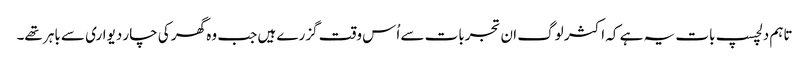
تاہم دلچسپ بات یہ ہے کہ اکثر لوگ ان تجربات سے اُس وقت گزرے ہیں جب وہ گھر کی چار دیواری سے باہر تھے۔